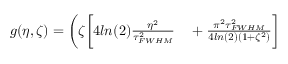
\begin{array} { r l } { g ( \eta , \zeta ) = \bigg ( \zeta \bigg [ 4 l n ( 2 ) \frac { \eta ^ { 2 } } { \tau _ { F W H M } ^ { 2 } } } & { { } + \frac { \pi ^ { 2 } \tau _ { F W H M } ^ { 2 } } { 4 l n ( 2 ) ( 1 + \zeta ^ { 2 } ) } \bigg ] } \end{array}